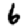
Digit: 6